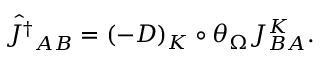
\hat { J ^ { \dagger } } _ { A B } = ( - D ) _ { K } \circ \theta _ { \Omega } J _ { B A } ^ { K } .